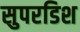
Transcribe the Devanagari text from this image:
सुपरडिश